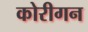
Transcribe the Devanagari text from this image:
कोरीगन